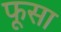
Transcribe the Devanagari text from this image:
फूसा